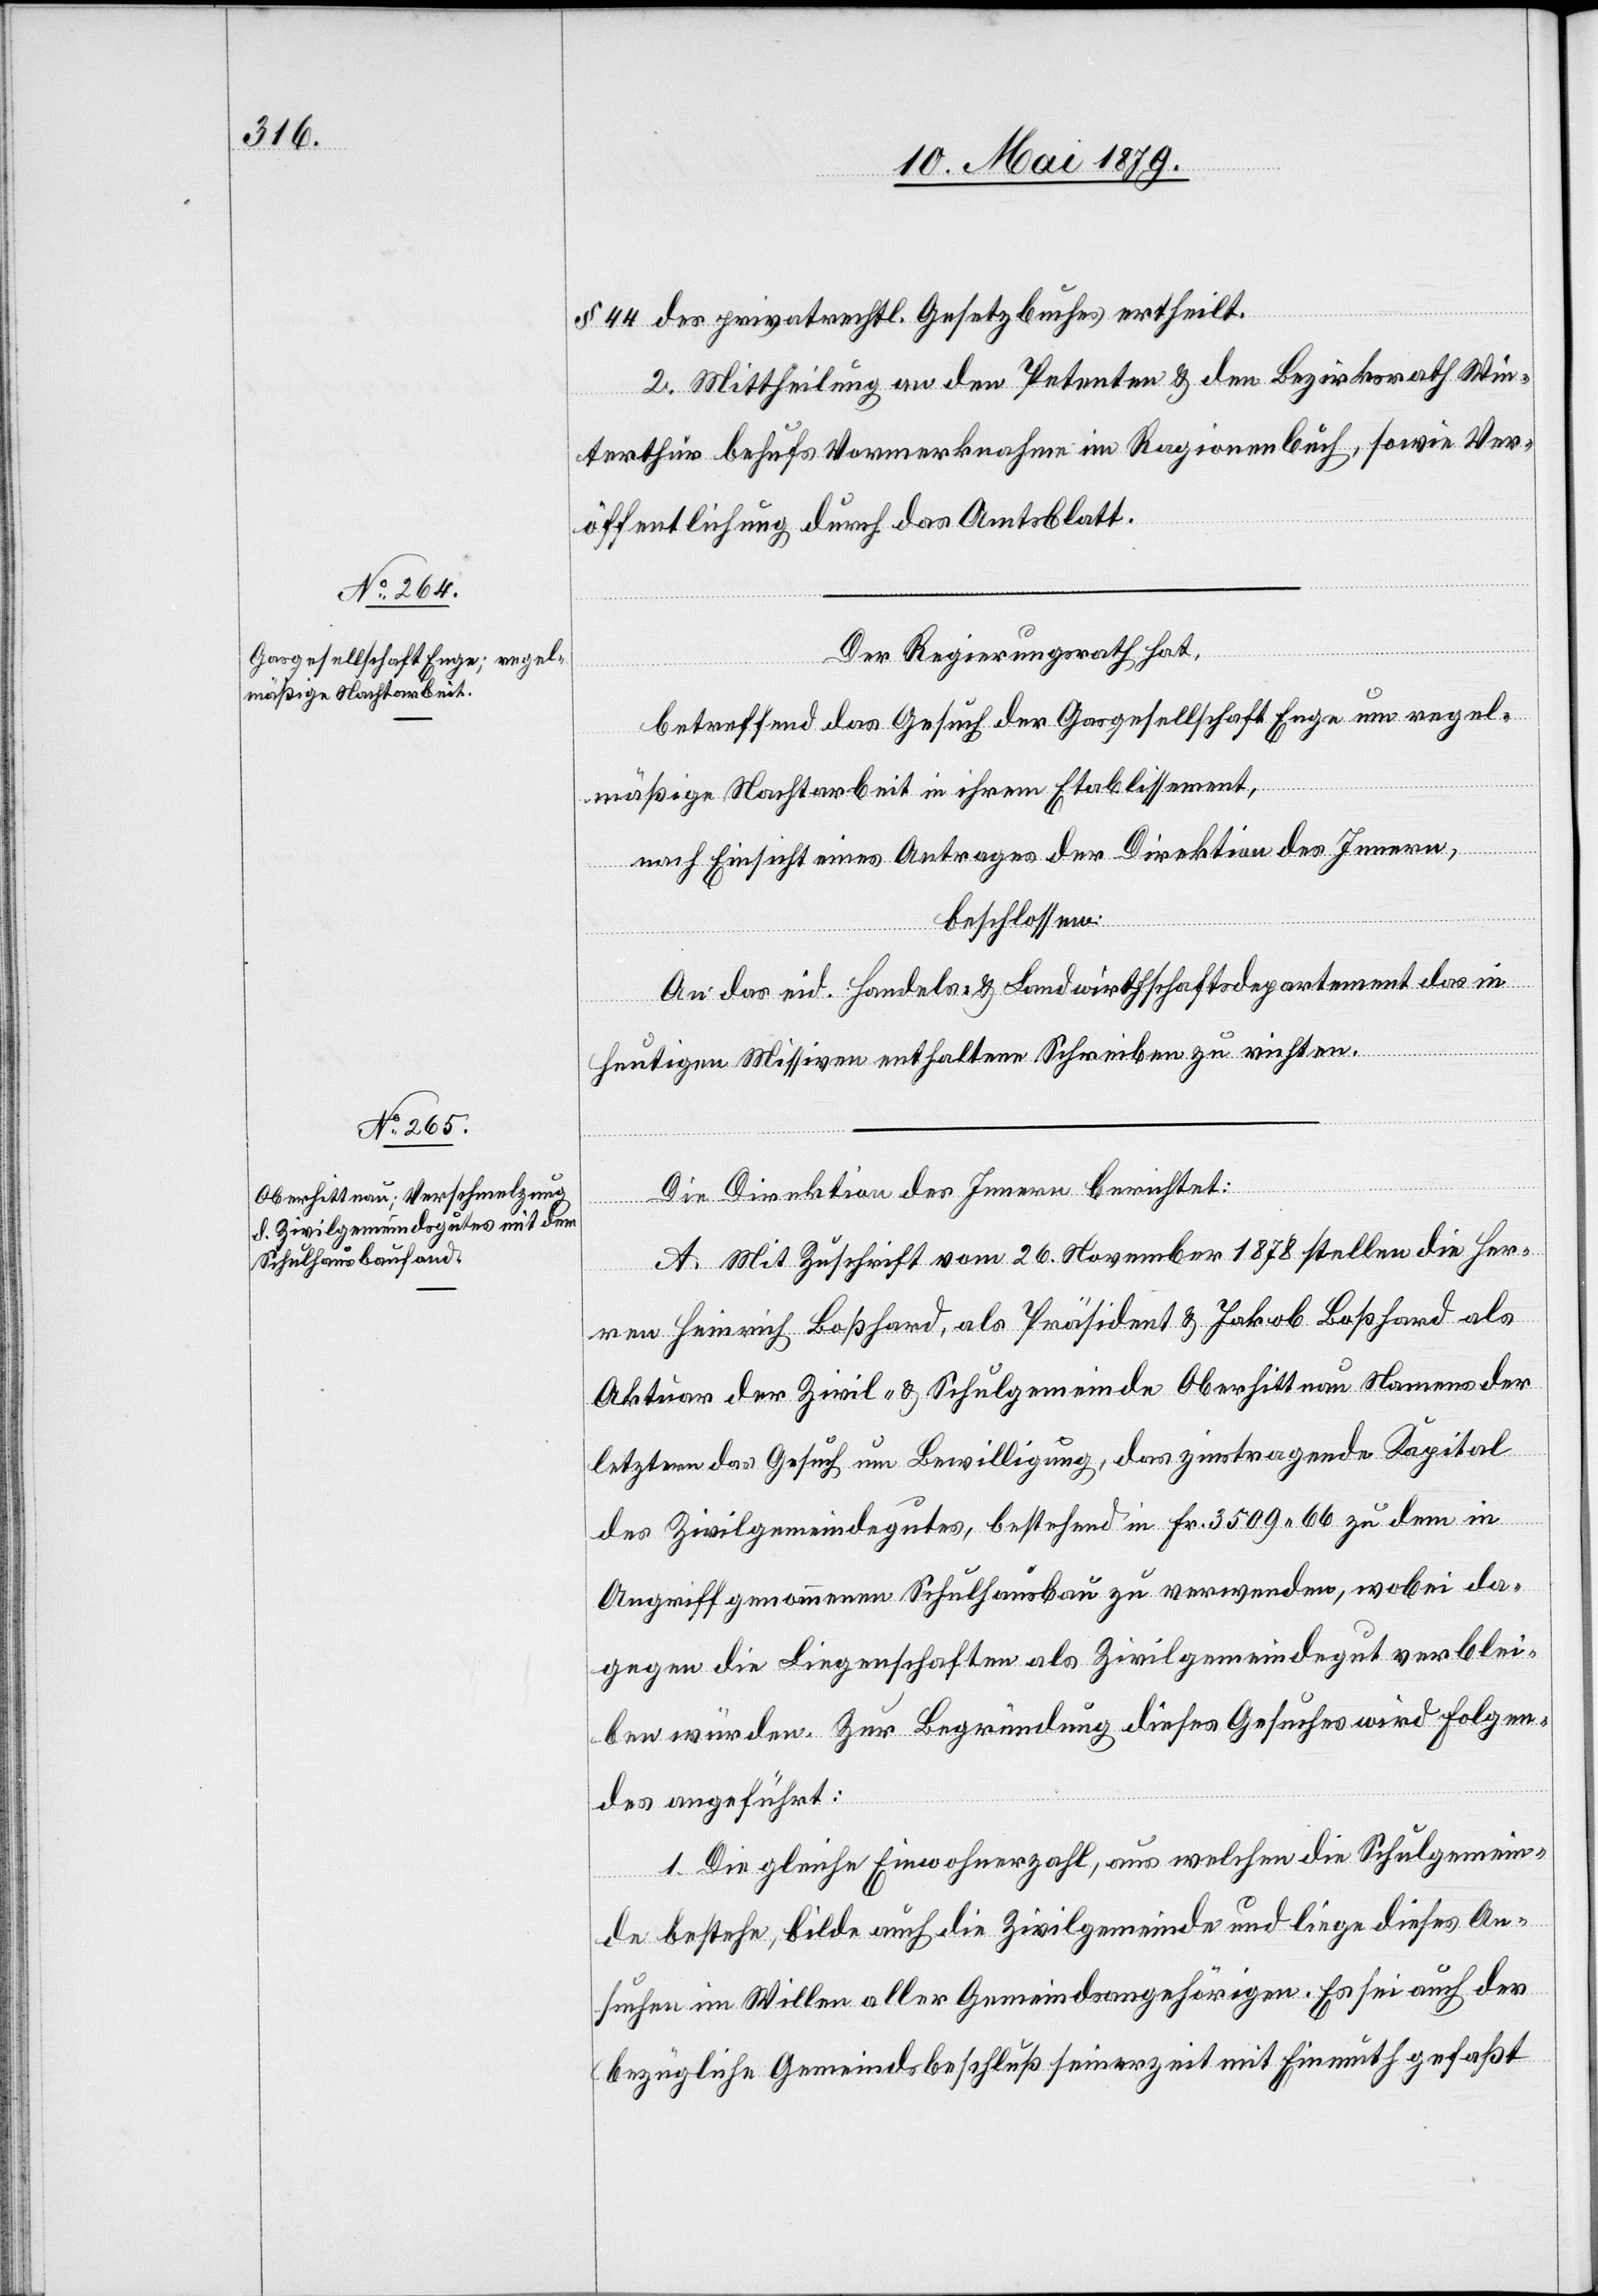
§ 44 des privatrechtl. Gesetzbuches ertheilt.
2. Mittheilung an den Petenten & den Bezirksrath Win¬
terthur behufs Vormerknahme im Ragionenbuch, sowie Ver¬
öffentlichung durch das Amtsblatt.
Der Regierungsrath hat,
betreffend das Gesuch der Gasgesellschaft Enge um regel¬
mäßige Nachtarbeit in ihrem Etablissement,
nach Einsicht eines Antrages der Direktion des Innern,
beschlossen:
An das eid. Handels- & Landwirthschaftsdepartement das in
heutigen Missiven enthaltene Schreiben zu richten.
Die Direktion des Innern berichtet:
A. Mit Zuschrift vom 26. November 1878 stellen die Her¬
ren Heinrich Boßhard, als Präsident & Jakob Boßhard als
Aktuar der Zivil- & Schulgemeinde Oberhittnau Namens der
letztern das Gesuch um Bewilligung, das zinstragende Kapital
des Zivilgemeindegutes, bestehend in Fr. 3509 66 zu dem in
Angriff genommenen Schulhausbau zu verwenden, wobei da¬
gegen die Liegenschaften als Zivilgemeindegut verblei¬
ben würden. Zur Begründung dieses Gesuches wird Folgen¬
des angeführt:
1. Die gleiche Einwohnerzahl, aus welchen [sic!] die Schulgemein¬
de bestehe, bilde auch die Zivilgemeinde und liege dieses An¬
suchen im Willen aller Gemeindsangehörigen. Es sei auch der
bezügliche Gemeindsbeschluß seinerzeit mit Einmuth gefaßt